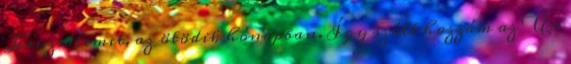
Jeruzsálemet, az ötödik hónapban. Így szólt hozzám az Úr: